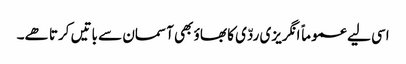
اسی لیے عموماً انگریزی ردّی کا بھاؤ بھی آسمان سے باتیں کرتا ھے۔